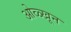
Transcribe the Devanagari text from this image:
ओळ्खून